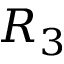
R _ { 3 }